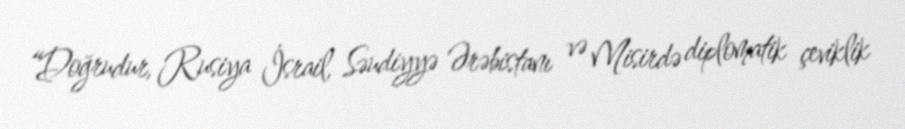
“Doğrudur, Rusiya İsrail, Səudiyyə Ərəbistanı və Misirdə diplomatik çeviklik